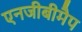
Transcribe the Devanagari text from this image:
एनजीबीमैप